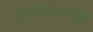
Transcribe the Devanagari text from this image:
साधनसम्पन्न